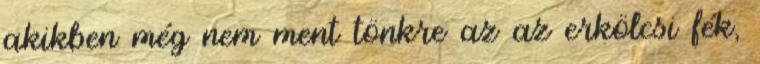
akikben még nem ment tönkre az az erkölcsi fék,